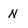
Character: n